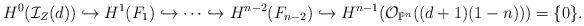
LaTeX: \begin{align*}H^0(\mathcal{I}_Z(d))\hookrightarrow H^1(F_1) \hookrightarrow \dots \hookrightarrow H^{n-2}(F_{n-2}) \hookrightarrow H^{n-1}(\mathcal{O}_{\mathbb{P}^n}((d+1)(1-n)) ) = \{0\}.\end{align*}